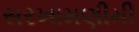
સરખામણીમી